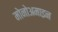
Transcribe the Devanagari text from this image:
मोनोअमाइन